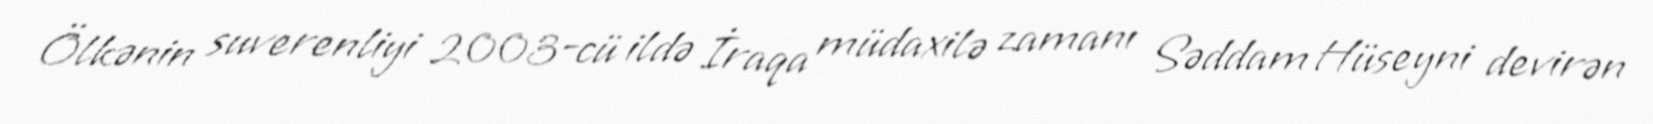
Ölkənin suverenliyi 2003-cü ildə İraqa müdaxilə zamanı Səddam Hüseyni devirən